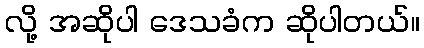
လို့ အဆိုပါ ဒေသခံက ဆိုပါတယ်။